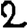
Digit: 2